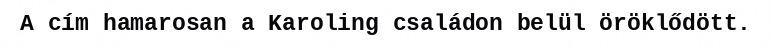
A cím hamarosan a Karoling családon belül öröklődött.